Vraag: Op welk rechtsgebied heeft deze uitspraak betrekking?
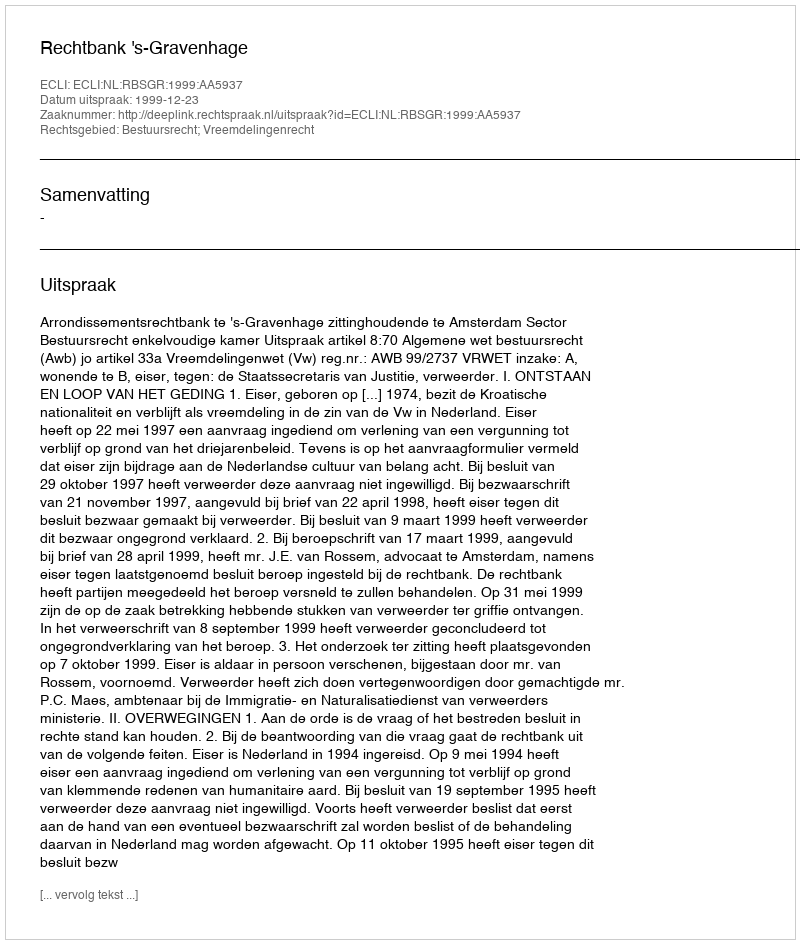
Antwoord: Bestuursrecht; Vreemdelingenrecht